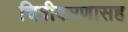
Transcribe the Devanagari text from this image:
चित्रीकरणासह